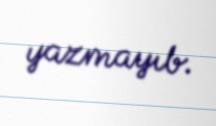
yazmayıb.